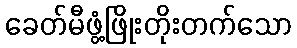
ခေတ်မီဖွံ့ဖြိုးတိုးတက်သော